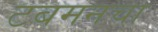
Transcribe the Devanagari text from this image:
टबमनचा